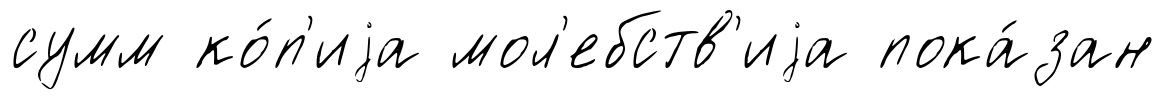
сумм ко́п'иjа мол'ебств'иjа пока́зан